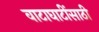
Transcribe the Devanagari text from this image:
वाटाघाटींसाठी